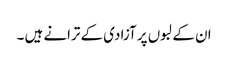
ان کے لبوں پر آزادی کے ترانے ہیں ۔